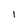
Character: 1